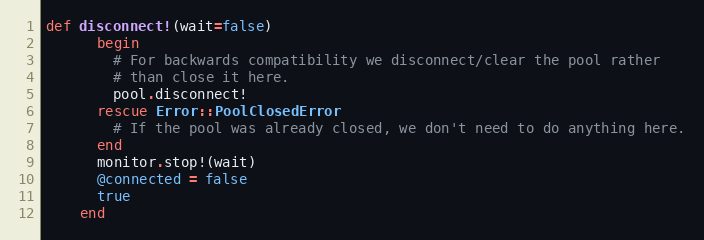
Language: Ruby
def disconnect!(wait=false)
      begin
        # For backwards compatibility we disconnect/clear the pool rather
        # than close it here.
        pool.disconnect!
      rescue Error::PoolClosedError
        # If the pool was already closed, we don't need to do anything here.
      end
      monitor.stop!(wait)
      @connected = false
      true
    end